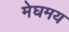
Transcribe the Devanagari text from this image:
मेघमय